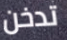
تدخن